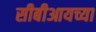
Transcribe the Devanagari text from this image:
सीबीआयच्या